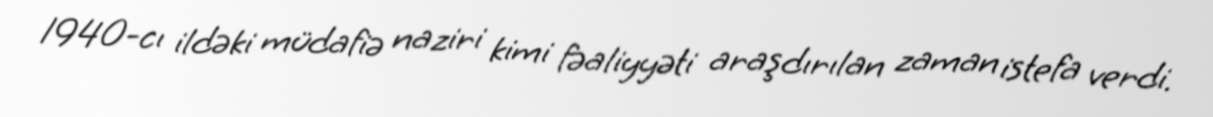
1940-cı ildəki müdafiə naziri kimi fəaliyyəti araşdırılan zaman istefa verdi.